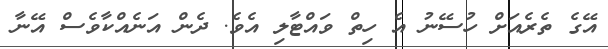
އޭގެ ތެރެއަށް ހުސޭނު އެ ހިތް ވައްޓާލި އެވެ. ދެން އަނެއްކާވެސް އޭނާ